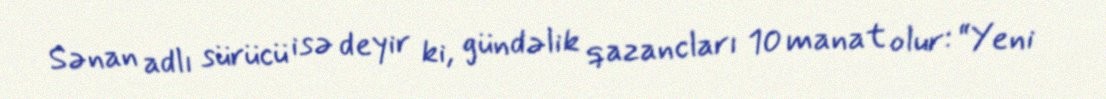
Sənan adlı sürücü isə deyir ki, gündəlik qazancları 10 manat olur: “Yeni